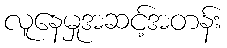
လူနေမှုအဆင့်အတန်း